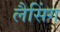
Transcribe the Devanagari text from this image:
लैसिंग